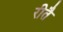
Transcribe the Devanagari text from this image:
रीतै